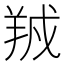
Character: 𬙱